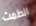
الطمث